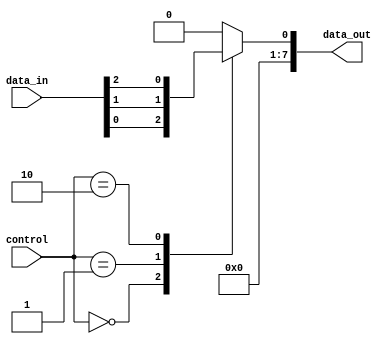
module IO_Block(
    input wire [N-1:0] data_in,
    input wire [M-1:0] control,
    output wire [N-1:0] data_out
);

parameter N = 8; // Number of input ports
parameter M = 3; // Number of output ports
parameter WIDTH = 8; // Width of data bus

reg [WIDTH-1:0] mux_out;

always @ (control)
begin
    case (control)
        0: mux_out = data_in[0];
        1: mux_out = data_in[1];
        2: mux_out = data_in[2];
        default: mux_out = 8'h0; // Default case, no output selected
    endcase
end

assign data_out = mux_out;

endmodule